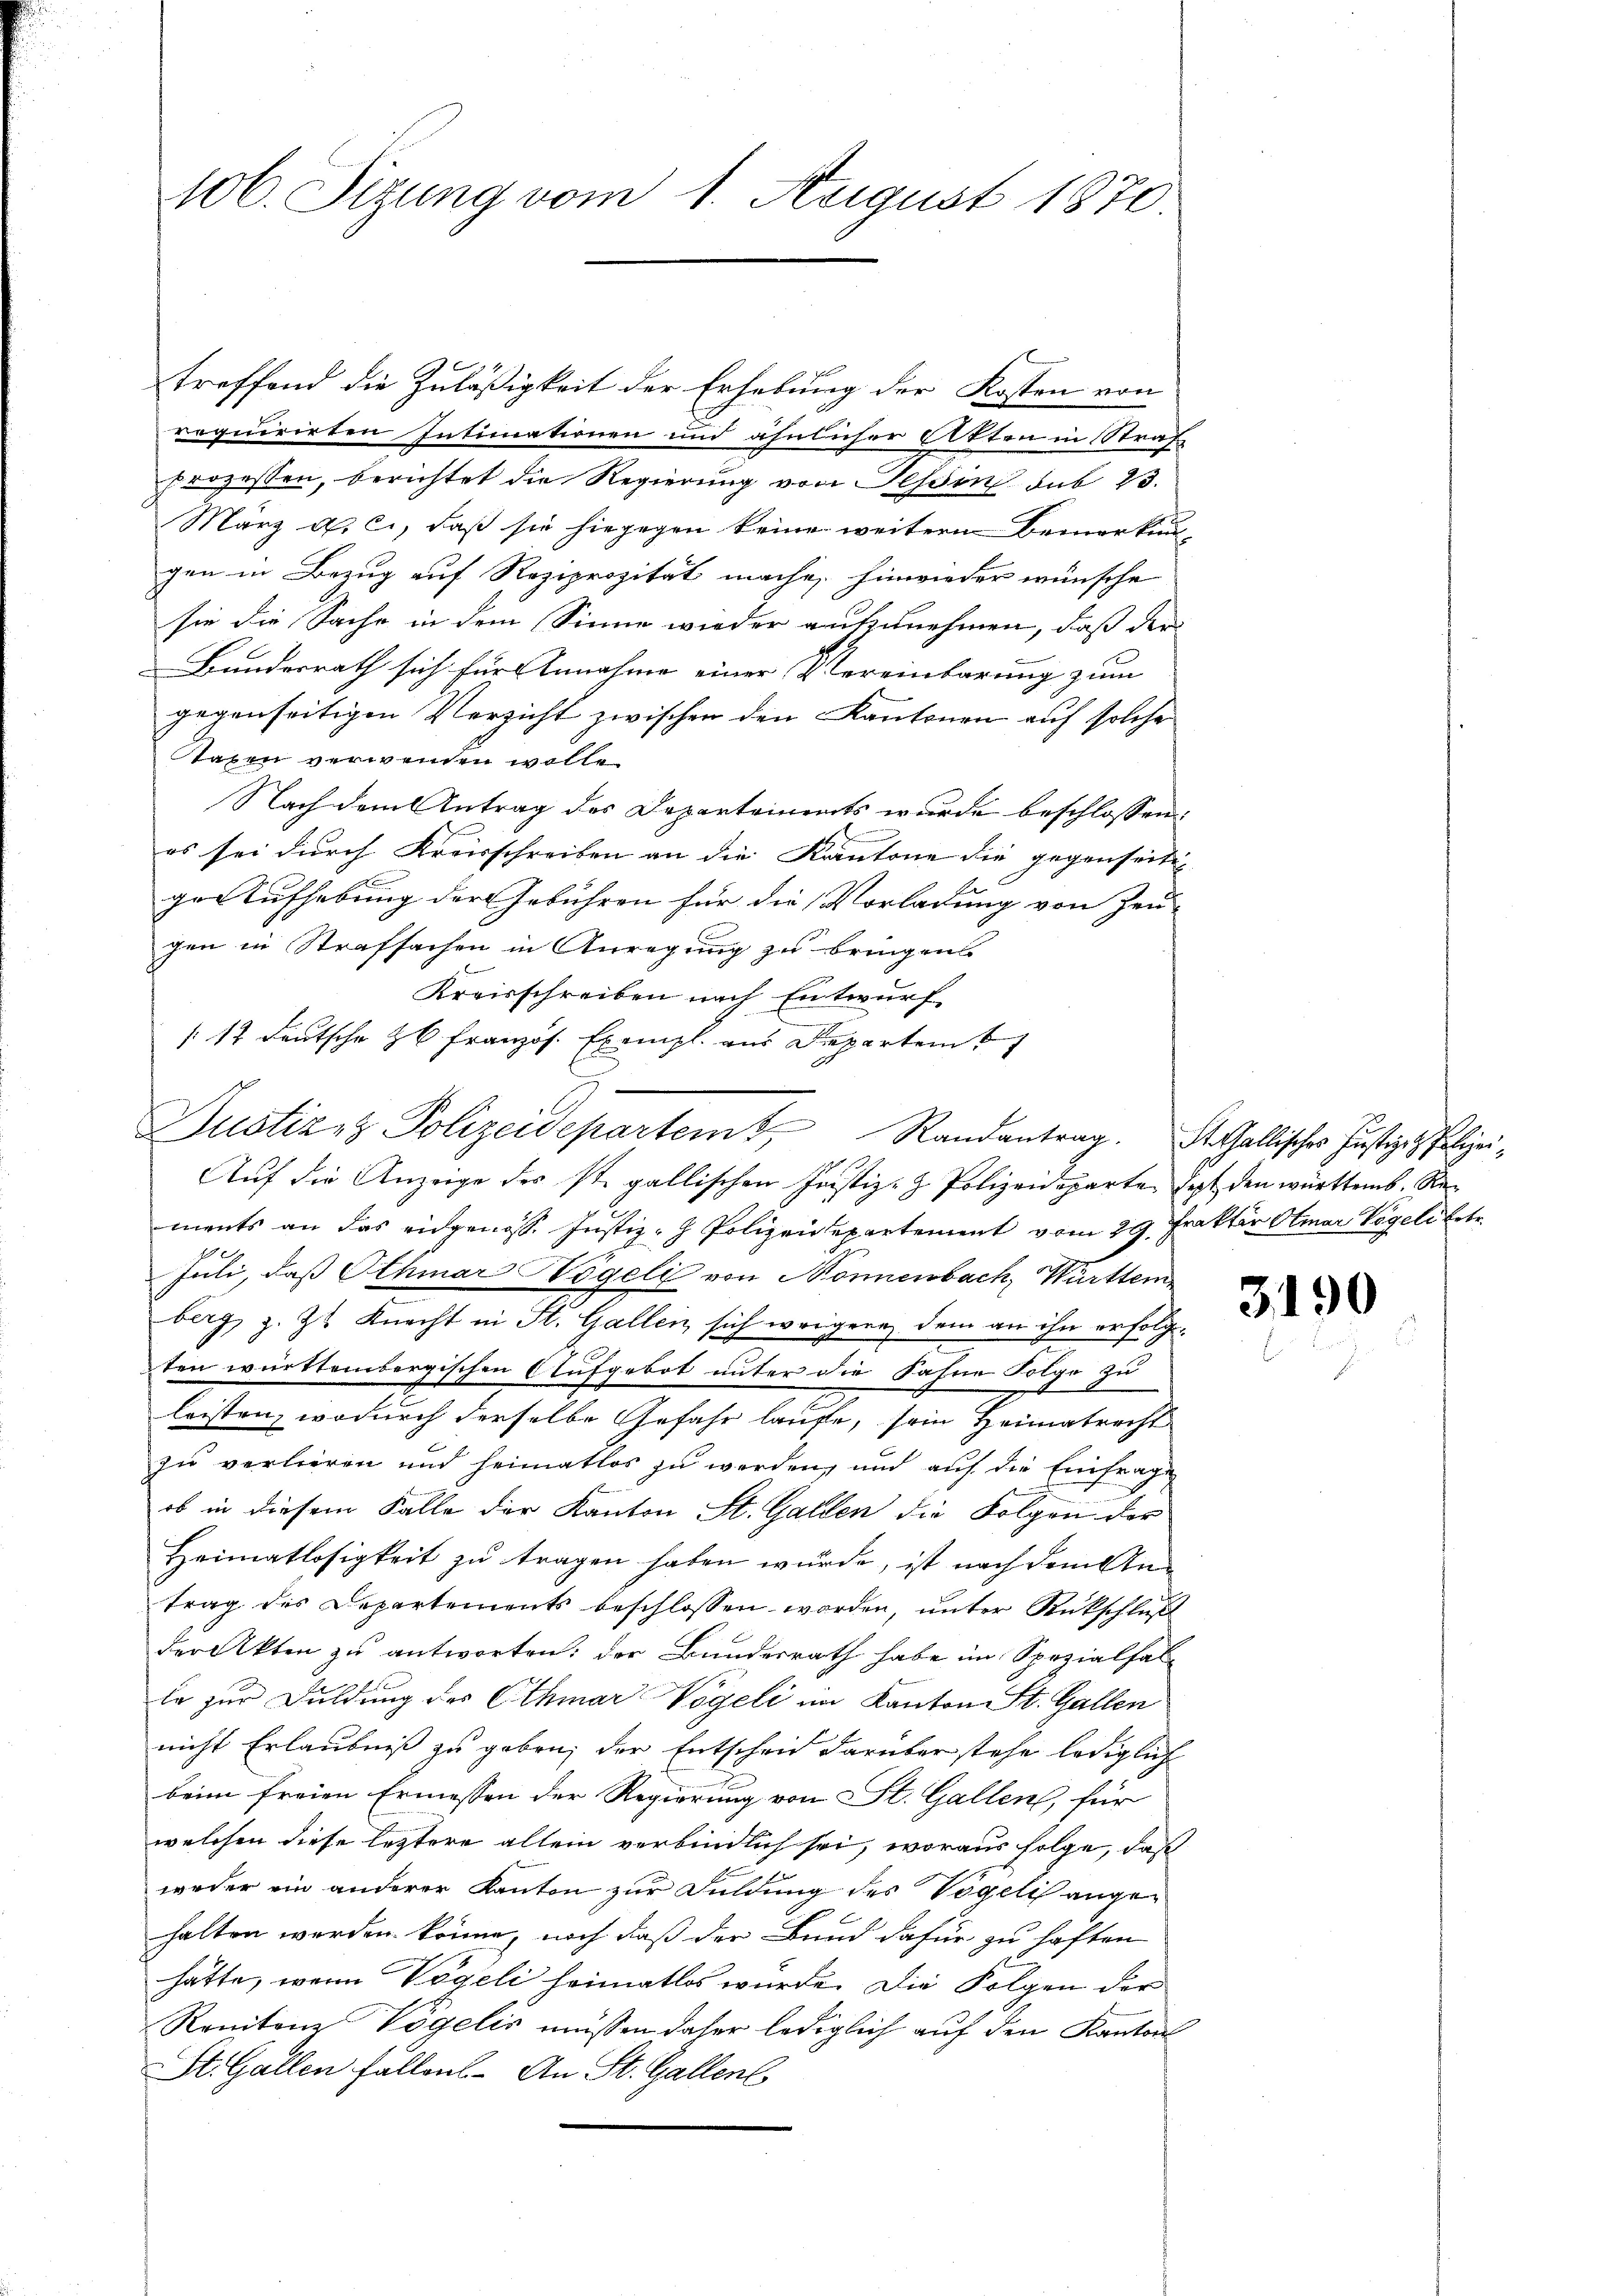
106. Seizung vom 1. August 1870.

treffend die Zuläßigkeit der Erhebung der Kosten von
requirirten Intimationen und ähnlicher Akten in Straf
prozessen, berichtet die Regierung von Tessin sub 23.
März a. c., daß sie hiegegen keine weitern Bemerkun-
gen in Bezug auf Reziprozität mache, hinwieder wünsche
sie die Sache in dem Sinne wieder aufzunehmen, daß der
Bundesrath sich für Annahme einer Vereinbarung zum
gegenseitigen Verzicht zwischen den Kantonen auf solche
Staxen verwenden wolle.
Nach dem Antrag des Departainets wurde beschlossen:
es sei durch Kreisschreiben an die Kantone die gegenseitige Aufhebung der Gebühren für die Vorladung von Zeu-
gen in Strafsachen in Anregung zu bringen
Kreisschreiben nach Entwurf
/12 Deutsche Z 6 Französ. Exempl. aus Departem
Auf die Anzeige der st. gallischen Justiz- & Polizeideparten fest den württemb. Rements an das eidgenoss. Justiz - Polizeidepartement vom 29. Frakter Otmar Vögeli betr.
Juli, daß Othmar Vögeli von Sonnenbach Württem
berg, z. Zt. Knecht in St. Gallen sich weigere dem an ihn erfolgten württembergischen Aufgebot unter die Fahne Folge zu
leisten, wodurch derselbe Gefahr laufe, sein Heimatrecht
zu verlieren und heimatlos zu werden, und auf die Einfrage
ob in diesem Falle der Kanton St. Gallen die Folgen der
Heimatlosigkeit zu tragen haben würde, ist nach dem Antrag des Departements beschlossen worden, unter Rückschluß
der Akten zu antworten: der Bundesrath habe im Spezialfal¬
2f
le zur Duldung des Othmar Vogeli im Kanton St. Gallen
nicht Erlaubniß zu geben, der Entscheid darüber stehe lediglich
beim freien Ermessen der Regierung von St. Gallen, für
welchen diese leztere allein verbindlich sei, woraus folge, daß
weder ein anderer Kanton zur Duldung des Vögelis angehalten werden könne, noch daß der Bund dafür zu haften
hätte, wenn Vögeli heimatlos wurde. Die Folgen der
Renitone Vögelis müssen daher lediglich auf den Kantons
St. Gallen Fällens- An St. Gallen

Justiz & Polizeidepartem Randantrag. Stallischer Justiz - Polizei¬

3190